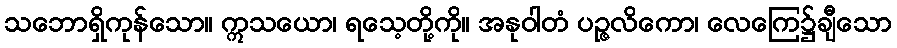
သဘောရှိကုန်သော။ ဣသယော၊ ရသေ့တို့ကို။ အနုဝါတံ ပဉ္ဇလိကော၊ လေကြေ၌ချီသော